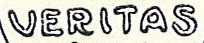
VERITAS